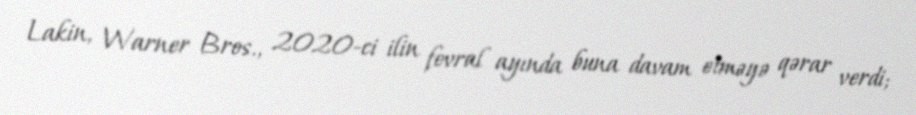
Lakin, Warner Bros., 2020-ci ilin fevral ayında buna davam etməyə qərar verdi;